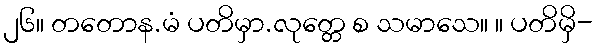
၂၆။ တတောန.မံ ပတိမှာ.လုတ္တေ စ သမာသေ။ ။ ပတိမှိ-